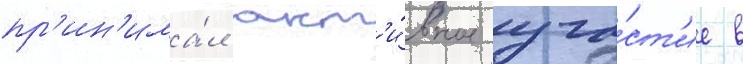
пр'ин'има́л акт'и́вное уча́ст'ие в